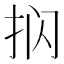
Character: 𰓔